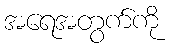
အရေအတွက်ကို